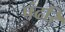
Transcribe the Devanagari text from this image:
पंढरि